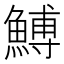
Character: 𩹲